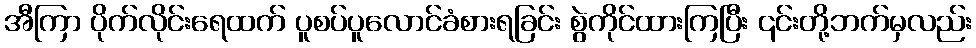
အီကြာ ပိုက်လိုင်းရေထက် ပူစပ်ပူလောင်ခံစားရခြင်း စွဲကိုင်ထားကြပြီး ၎င်းတို့ဘက်မှလည်း